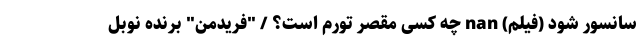
سانسور شود (فیلم‌) nan چه کسی مقصر تورم است؟ / "فریدمن" برنده نوبل